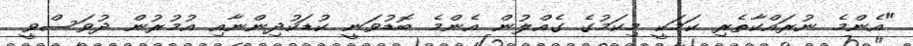
"އެންމެ ނުރައްކާތެރި ކަމަކީ މިކަމުގެ ގެއްލުން އެންމެ ބޮޑުވަނީ ކުޑަކުދިންނާއި އުމުރުން ދުވަސްވީ